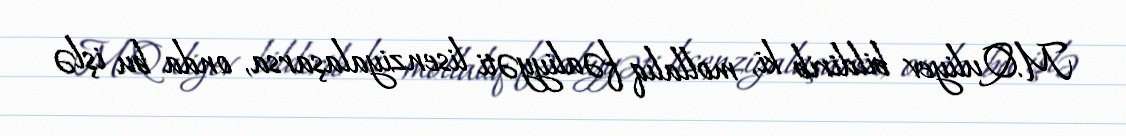
M.Quliyev bildirib ki, mollalıq fəaliyyəti lisenziyalaşarsa, onda bu işlə